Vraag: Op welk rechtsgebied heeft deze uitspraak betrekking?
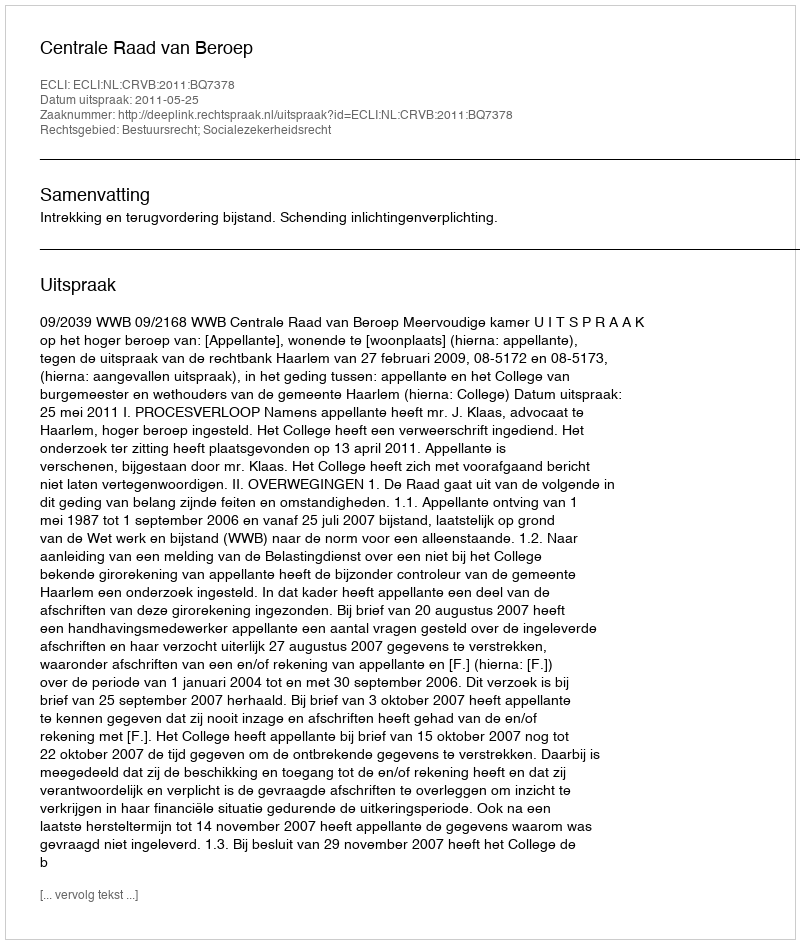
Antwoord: Bestuursrecht; Socialezekerheidsrecht